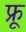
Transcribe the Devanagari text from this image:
फ्रू